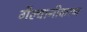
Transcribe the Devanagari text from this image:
गैल्वानीकरण